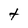
Character: t